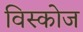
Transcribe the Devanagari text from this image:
विस्कोज